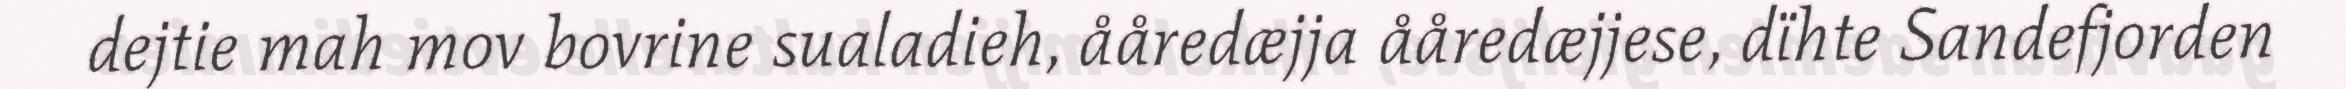
dejtie mah mov bovrine sualadieh, ååredæjja ååredæjjese, dïhte Sandefjorden